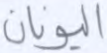
اليونان